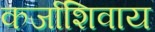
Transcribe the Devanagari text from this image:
कर्जाशिवाय